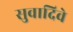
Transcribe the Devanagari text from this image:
सुवादिवे